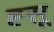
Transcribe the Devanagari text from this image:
ह्सू